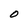
Character: O